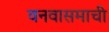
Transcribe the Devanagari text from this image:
वनवासमाची